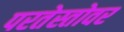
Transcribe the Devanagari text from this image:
परतेस्तोवर